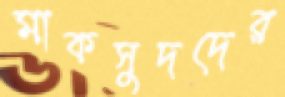
মাকসুদদের